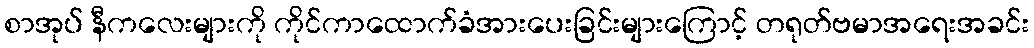
စာအုပ် နီကလေးများကို ကိုင်ကာထောက်ခံအားပေးခြင်းများကြောင့် တရုတ်ဗမာအရေးအခင်း